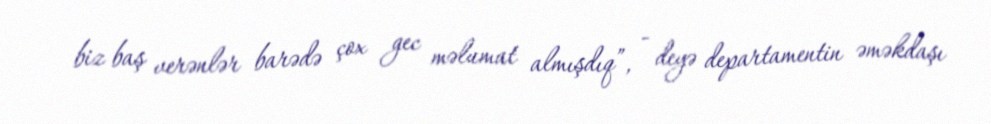
biz baş verənlər barədə çox gec məlumat almışdıq”, - deyə departamentin əməkdaşı